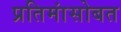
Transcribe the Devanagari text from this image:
प्रतिमांसोबत